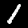
Digit: 1